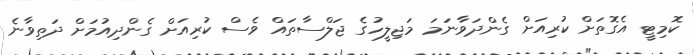
ކޮމިޓީ އެގޮތަށް ކުރިއަށް ގެންދަވާނަމަ މަޖިލީހުގެ ޖަލްސާތައް ވެސް ކުރިއަށް ގެންދިއުމަށް ދަތިވާނެ